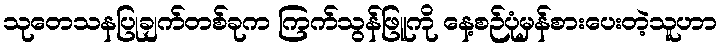
သုတေသနပြုချက်တစ်ခုက ကြက်သွန်ဖြူကို နေ့စဉ်ပုံမှန်စားပေးတဲ့သူဟာ